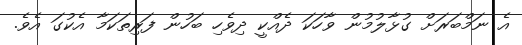
އެ ނަމްބަރަށް ގުޅާލުމުން ވާހަކަ ދެއްކީ ދިވެހި ބަހުން ފަރިތަކަމާ އެކުގަ އެވެ.